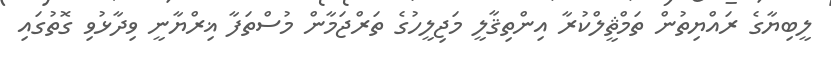
ލީބިޔާގެ ރައްޔިތުން ތަމްޘީލްކުރާ އިންތިޤާލީ މަޖިލީހުގެ ތަރްޖަމާން މުސްތަފާ ޣިރްޔާނީ ވިދާޅުވި ގޮތުގައި